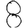
Digit: 8